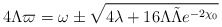
\begin{align*}4 \Lambda \varpi = \omega \pm \sqrt{4\lambda+ 16\Lambda \tilde \Lambda e^{-2 \chi_0} }\end{align*}